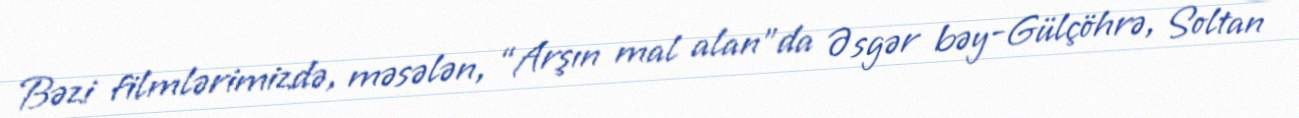
Bəzi filmlərimizdə, məsələn, “Arşın mal alan”da Əsgər bəy-Gülçöhrə, Soltan